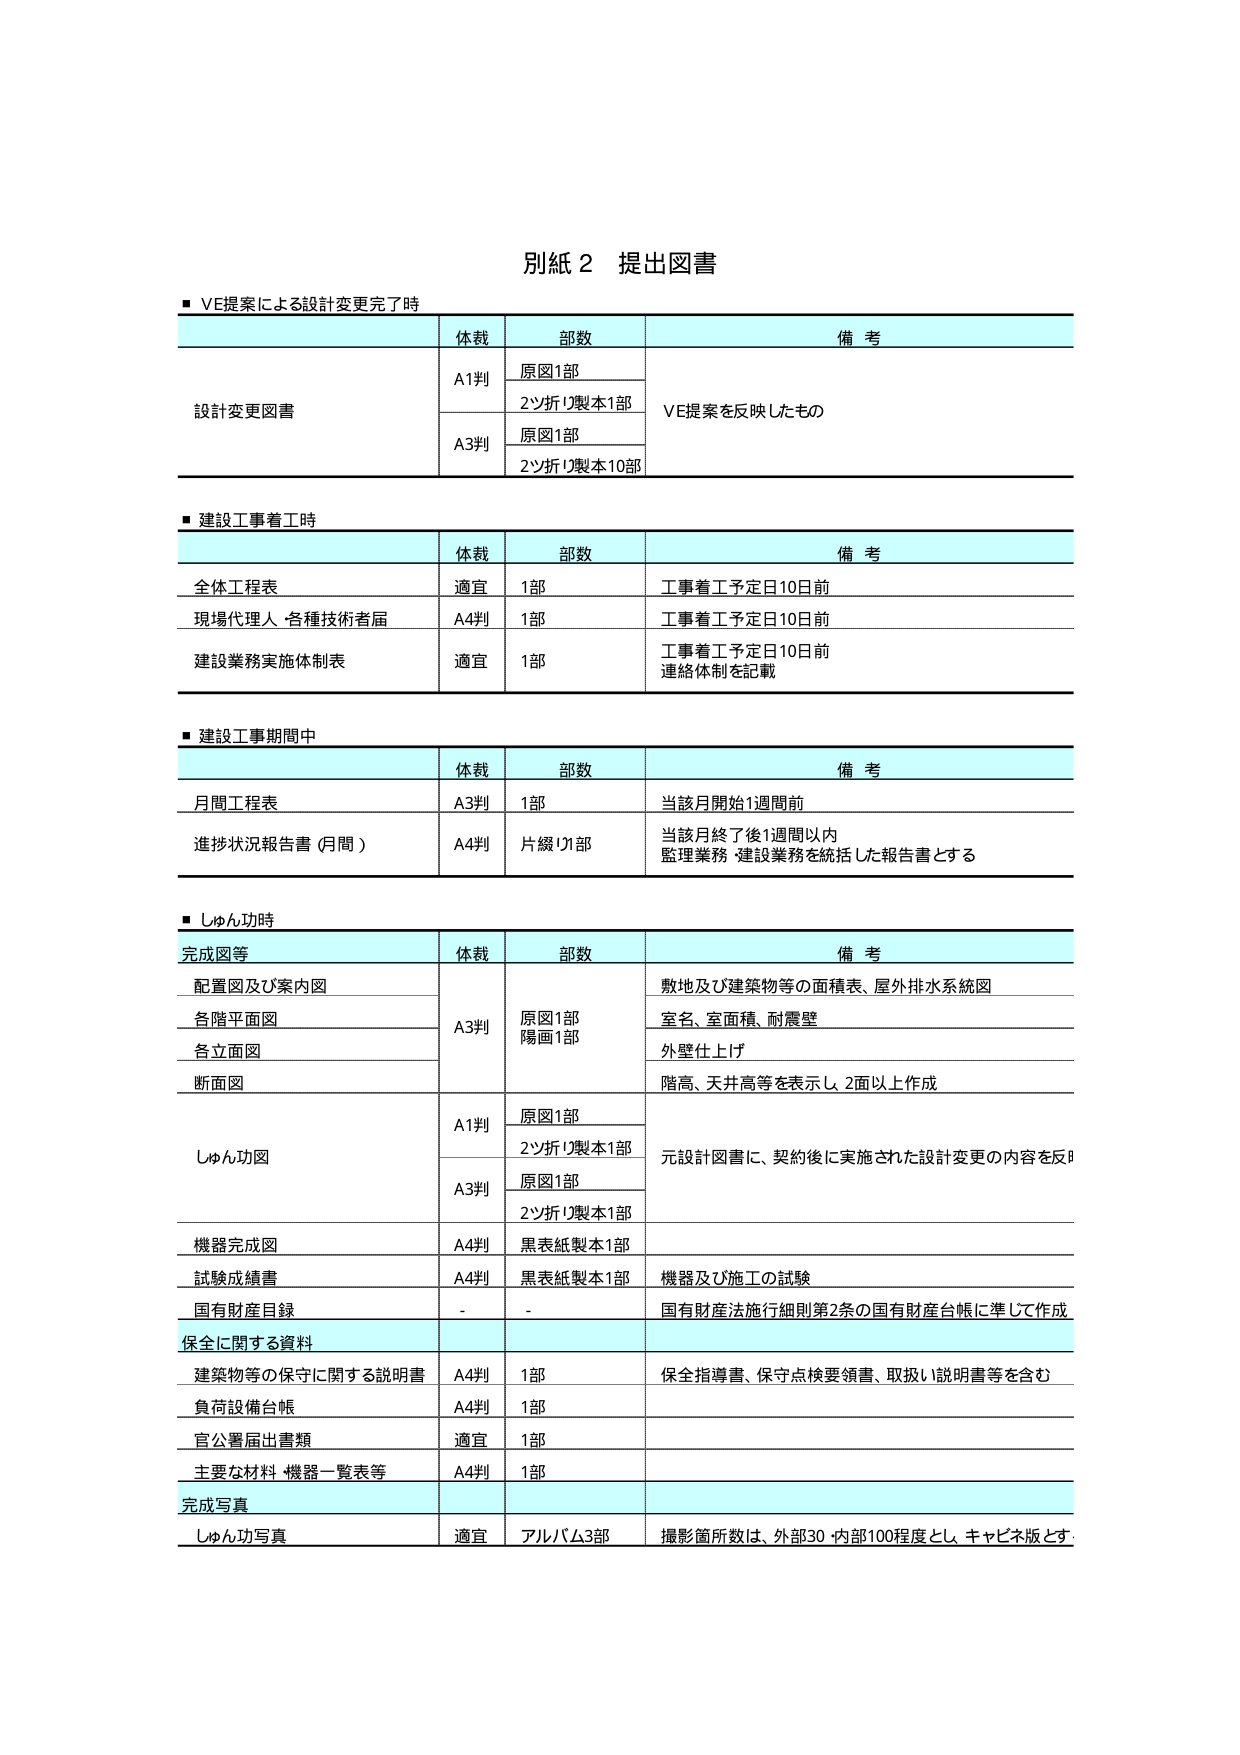
別紙２ 提出図書

■ VE提案による設計変更完了時

| | 体裁 | 部数 | 備考 |
|---|---|---|---|
| 設計変更図書 | A1判 | 原図1部 | VE提案を反映したもの |
| | | 2ツ折り製本1部 | |
| | A3判 | 原図1部 | |
| | | 2ツ折り製本10部 | |

■ 建設工事着工時

| | 体裁 | 部数 | 備考 |
|---|---|---|---|
| 全体工程表 | 適宜 | 1部 | 工事着工予定日10日前 |
| 現場代理人・各種技術者届 | A4判 | 1部 | 工事着工予定日10日前 |
| 建設業務実施体制表 | 適宜 | 1部 | 工事着工予定日10日前<br>連絡体制を記載 |

■ 建設工事期間中

| | 体裁 | 部数 | 備考 |
|---|---|---|---|
| 月間工程表 | A3判 | 1部 | 当該月開始1週間前 |
| 進捗状況報告書（月間） | A4判 | 片綴り1部 | 当該月終了後1週間以内<br>監理業務・建設業務を統括した報告書とする |

■ しゅん功時

| 完成図等 | 体裁 | 部数 | 備考 |
|---|---|---|---|
| 配置図及び案内図 | A3判 | 原図1部<br>陽画1部 | 敷地及び建築物等の面積表、屋外排水系統図 |
| 各階平面図 | | | 室名、室面積、耐震壁 |
| 各立面図 | | | 外壁仕上げ |
| 断面図 | | | 階高、天井高等を表示し、2面以上作成 |
| しゅん功図 | A1判 | 原図1部 | 元設計図書に、契約後に実施された設計変更の内容を反映 |
| | | 2ツ折り製本1部 | |
| | A3判 | 原図1部 | |
| | | 2ツ折り製本1部 | |
| 機器完成図 | A4判 | 黒表紙製本1部 | |
| 試験成績書 | A4判 | 黒表紙製本1部 | 機器及び施工の試験 |
| 国有財産目録 | - | - | 国有財産法施行細則第2条の国有財産台帳に準じて作成 |

| 保全に関する資料 | | | |
|---|---|---|---|
| 建築物等の保守に関する説明書 | A4判 | 1部 | 保全指導書、保守点検要領書、取扱い説明書等を含む |
| 負荷設備台帳 | A4判 | 1部 | |
| 官公署届出書類 | 適宜 | 1部 | |
| 主要な材料・機器一覧表等 | A4判 | 1部 | |

| 完成写真 | | | |
|---|---|---|---|
| しゅん功写真 | 適宜 | アルバム3部 | 撮影箇所数は、外部30・内部100程度とし、キャビネ版とする |